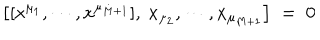
\left[ [ x ^ { \mu _ { 1 } } , \cdots , x ^ { \mu _ { M + 1 } } ] , \ x _ { \mu _ { 2 } } , \cdots , x _ { \mu _ { M + 1 } } \right] \; = \; 0